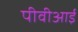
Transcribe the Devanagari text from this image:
पीवीआई